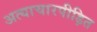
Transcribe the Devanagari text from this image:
अत्याचारपीड़ित